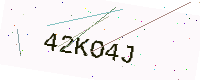
Text: 42KO4J